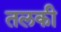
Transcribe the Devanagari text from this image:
तलकी